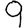
Digit: 9